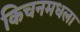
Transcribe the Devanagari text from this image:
किचनमधला